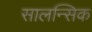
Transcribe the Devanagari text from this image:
सालन्सिक